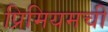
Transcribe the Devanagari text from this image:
प्रिमियमची